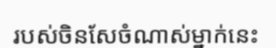
របស់ចិនសែចំណាស់ម្នាក់នេះ